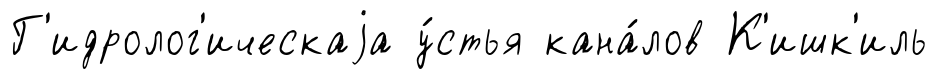
Г'идролог'ическаjа у́стья кана́лов К'ишк'иль